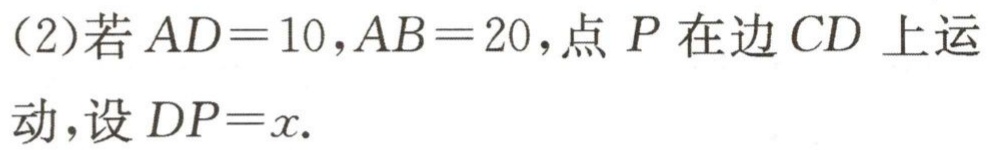
(2)若\(AD = 10,AB = 20\)，点 \(P\) 在边 \(CD\) 上运动，设 \(DP=x\).